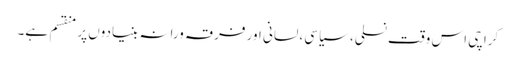
کراچی اس وقت نسلی، سیاسی، لسانی اور فرقہ ورانہ بنیادوں پر منقسم ہے۔